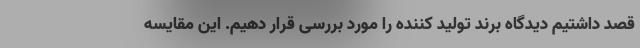
قصد داشتیم دیدگاه برند تولید کننده را مورد بررسی قرار دهیم. این مقایسه